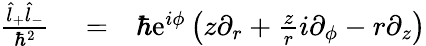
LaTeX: \begin{array}{rlr}{\frac{\hat{l}_{+}\hat{l}_{-}}{\hbar^{2}}}&{{}=}&{\hbar\mathrm{e}^{i\phi}\left(z\partial_{r}+\frac{z}{r}i\partial_{\phi}-r\partial_{z}\right)}\end{array}